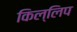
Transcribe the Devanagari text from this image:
किल्लिप